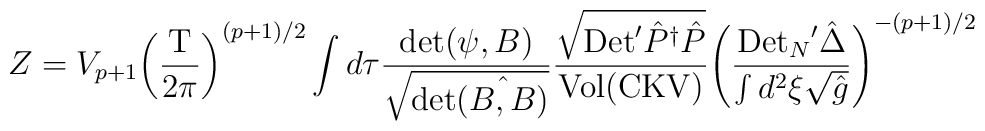
Z={V_{p+1}}{{\left({{\mbox{T}}\over{2\pi}}\right)}^{(p+1)/2}}\int d\tau{{\mbox{det}(\psi,B)}\over{\sqrt{\mbox{det}\hat{(B,B)}}}}{{\sqrt{\mbox{Det}'{\hat{P}^\dagger}\hat{P}}}\over{\mbox{Vol}(\mbox{CKV})}}{{\left({{{\mbox{Det}_N}'\hat{\Delta}}\over{\int{d^2}\xi\sqrt{\hat{g}}}}\right)}^{-(p+1)/2}}